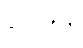
နိက္ကဍ္ဎန္တီ